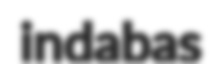
indabas